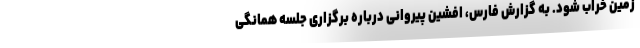
زمین خراب شود. به گزارش فارس، افشین پیروانی درباره برگزاری جلسه همانگی